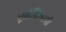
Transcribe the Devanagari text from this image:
मूर्तीशिल्पांशी